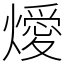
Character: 燰